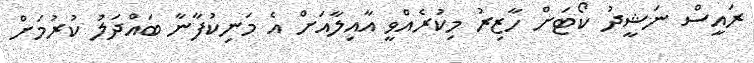
ރައީސް ނަޝީދު ކޯޓަށް ހާޒިރު މިކުރެއްވީ އާއިލާއަށް އެ މަނިކުފާނާ ބައްދަލު ކުރުމަށް